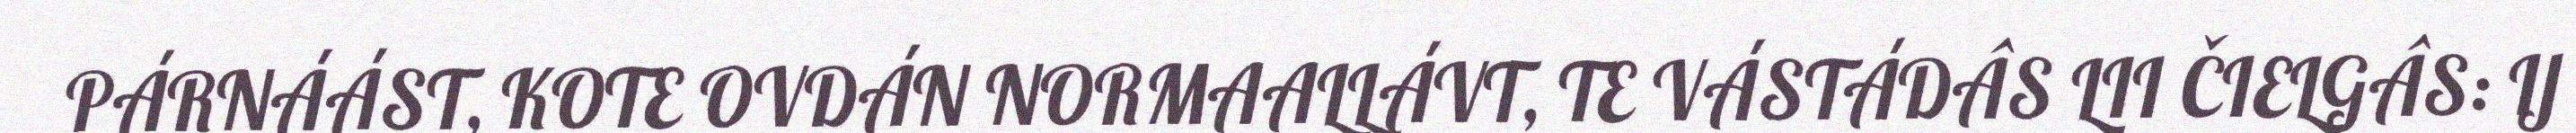
PÁRNÁÁST, KOTE OVDÁN NORMAALLÁVT, TE VÁSTÁDÂS LII ČIELGÂS: IJ